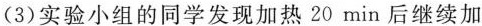
（3）实验小组的同学发现加热20min后继续加